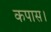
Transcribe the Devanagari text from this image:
कपास।